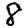
Digit: 8